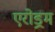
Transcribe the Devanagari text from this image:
एरोड्रम